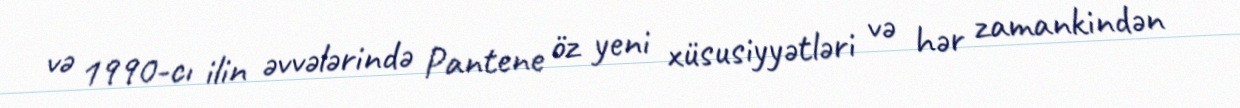
və 1990-cı ilin əvvələrində Pantene öz yeni xüsusiyyətləri və hər zamankindən